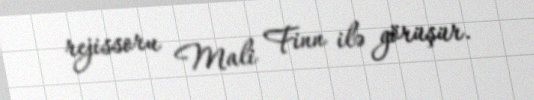
rejissoru Mali Finn ilə görüşür.